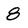
Character: 8